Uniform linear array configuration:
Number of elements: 48
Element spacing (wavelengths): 0.5
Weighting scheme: hann
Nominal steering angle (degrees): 60
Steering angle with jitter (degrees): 60.133
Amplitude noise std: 0.05
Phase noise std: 0.05

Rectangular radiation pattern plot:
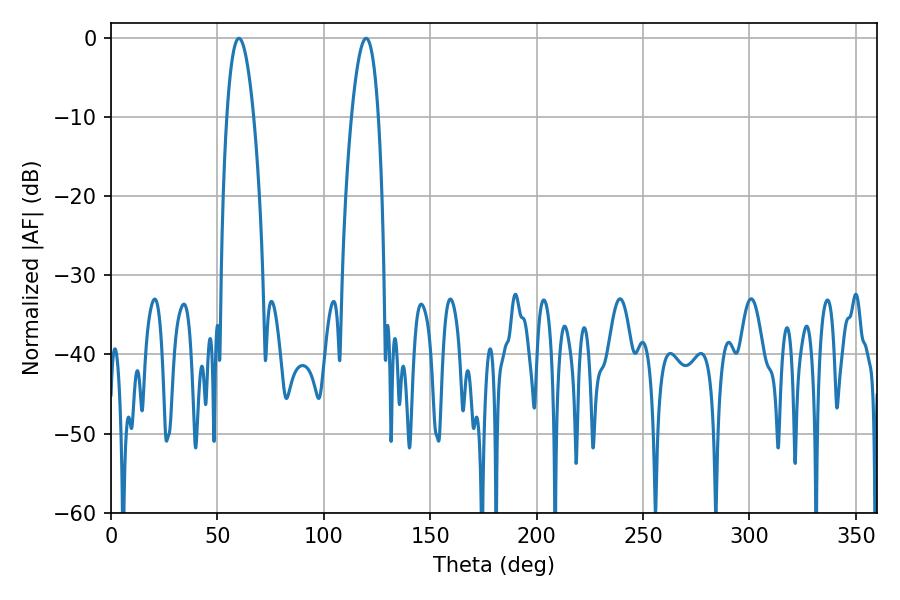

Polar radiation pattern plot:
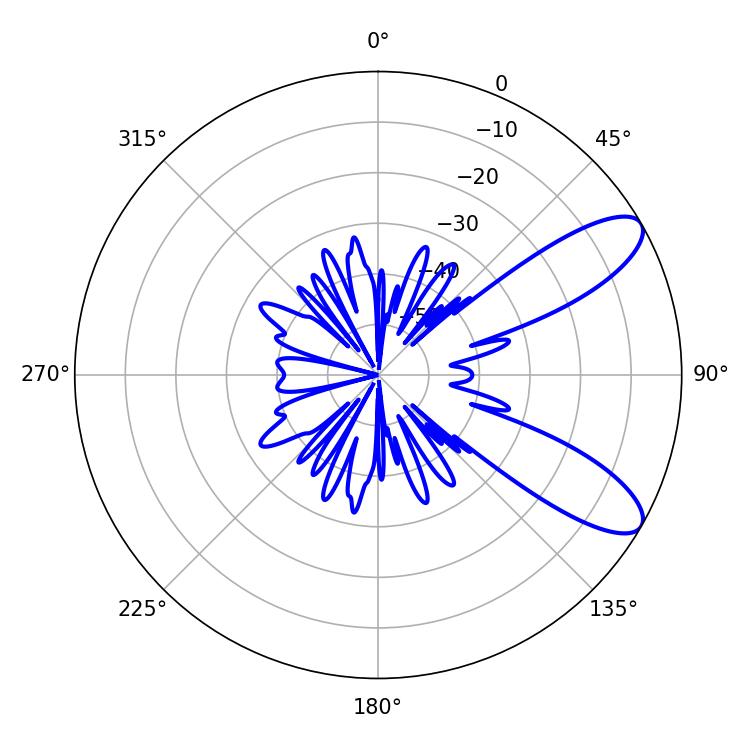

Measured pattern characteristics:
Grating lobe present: FALSE
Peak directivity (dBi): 9.446
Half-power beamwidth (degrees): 6.84
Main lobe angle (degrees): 60.12